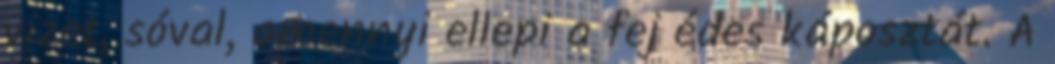
vizet, sóval, amennyi ellepi a fej édes káposztát. A